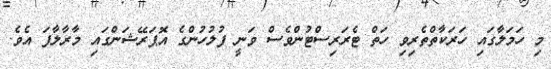
މި ހަމަލާގައި ހަރަކާތްތެރިވި ހަތް ޓެރަރިސްޓުންވެސް ވަނީ ފުލުހުންގެ އޮޕަރޭޝަންގައި މާރާލާފަ އެވެ.